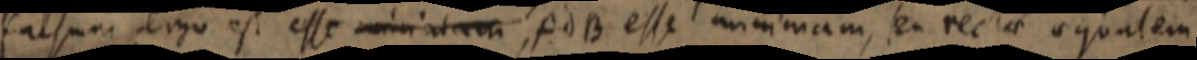
falsum ergo est esse minimam, AdB esse minimam, seu rectae aequalem